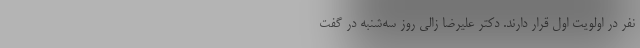
نفر در اولویت اول قرار دارند. دکتر علیرضا زالی روز سه‌شنبه‌ در گفت